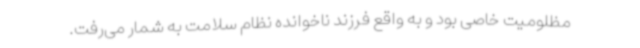
مظلومیت خاصی بود و به واقع فرزند ناخوانده نظام سلامت به شمار می‌رفت.